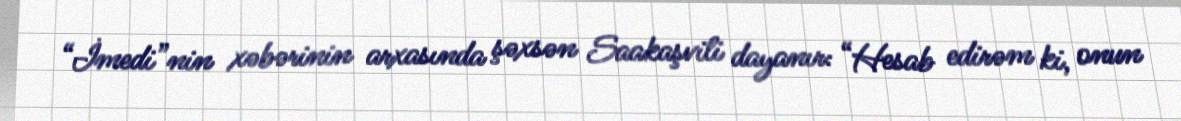
“İmedi”nin xəbərinin arxasında şəxsən Saakaşvili dayanır: “Hesab edirəm ki, onun